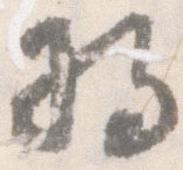
将